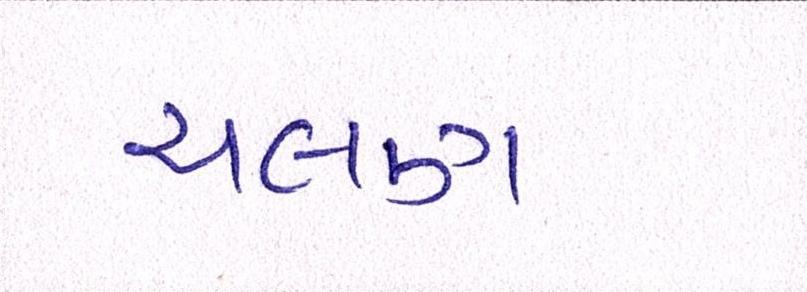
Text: ચલણ